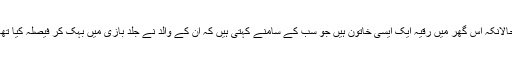
حالانکہ اس گھر میں رقیہ ایک ایسی خاتون ہیں جو سب کے سامنے کہتی ہیں کہ ان کے والد نے جلد بازی میں بہک کر فیصلہ کیا تھا۔